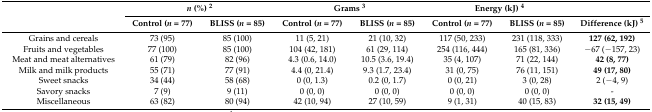
<table><thead><tr><td rowspan="2"></td><td colspan="2"><b><i>n</i> (%) <sup>2</sup></b></td><td colspan="2"><b>Grams <sup>3</sup></b></td><td colspan="2"><b>Energy (kJ) <sup>4</sup></b></td><td></td></tr><tr><td><b>Control (<i>n</i> = 77)</b></td><td><b>BLISS (<i>n</i> = 85)</b></td><td><b>Control (<i>n</i> = 77)</b></td><td><b>BLISS (<i>n</i> = 85)</b></td><td><b>Control (<i>n</i> = 77)</b></td><td><b>BLISS (<i>n</i> = 85)</b></td><td><b>Difference (kJ) <sup>5</sup></b></td></tr></thead><tbody><tr><td>Grains and cereals</td><td>73 (95)</td><td>85 (100)</td><td>11 (5, 21)</td><td>21 (10, 32)</td><td>117 (50, 233)</td><td>231 (118, 333)</td><td><b>127 (62, 192)</b></td></tr><tr><td>Fruits and vegetables</td><td>77 (100)</td><td>85 (100)</td><td>104 (42, 181)</td><td>61 (29, 114)</td><td>254 (116, 444)</td><td>165 (81, 336)</td><td>−67 (−157, 23)</td></tr><tr><td>Meat and meat alternatives</td><td>61 (79)</td><td>82 (96)</td><td>4.3 (0.6, 14.0)</td><td>10.5 (3.6, 19.4)</td><td>35 (4, 107)</td><td>71 (22, 144)</td><td><b>42 (8, 77)</b></td></tr><tr><td>Milk and milk products</td><td>55 (71)</td><td>77 (91)</td><td>4.4 (0, 21.4)</td><td>9.3 (1.7, 23.4)</td><td>31 (0, 75)</td><td>76 (11, 151)</td><td><b>49 (17, 80)</b></td></tr><tr><td>Sweet snacks</td><td>34 (44)</td><td>58 (68)</td><td>0 (0, 1.3)</td><td>0.2 (0, 1.7)</td><td>0 (0, 21)</td><td>3 (0, 28)</td><td>2 (−4, 9)</td></tr><tr><td>Savory snacks</td><td>7 (9)</td><td>9 (11)</td><td>0 (0, 0)</td><td>0 (0, 0)</td><td>0 (0, 0)</td><td>0 (0, 0)</td><td>-</td></tr><tr><td>Miscellaneous</td><td>63 (82)</td><td>80 (94)</td><td>42 (10, 94)</td><td>27 (10, 59)</td><td>9 (1, 31)</td><td>40 (15, 83)</td><td><b>32 (15, 49)</b></td></tr></tbody></table>